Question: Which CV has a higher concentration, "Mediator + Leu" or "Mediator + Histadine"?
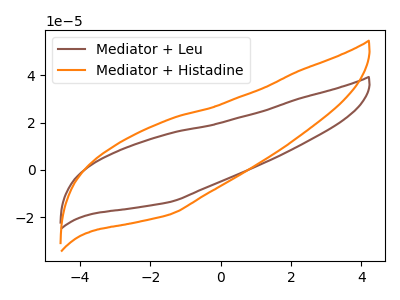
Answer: <think>The brown curve "Mediator + Leu" has no peaks. The orange curve "Mediator + Histadine" has no peaks.
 Neither "Mediator + Leu" or "Mediator + Histadine" have any peaks.</think>
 <answer>I cant tell if "Mediator + Leu" or "Mediator + Histadine" has higher concentration.</answer>
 <eval>mixed_concentration</eval>